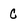
Character: C